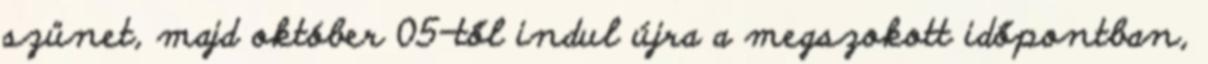
szünet, majd október 05-től indul újra a megszokott időpontban,